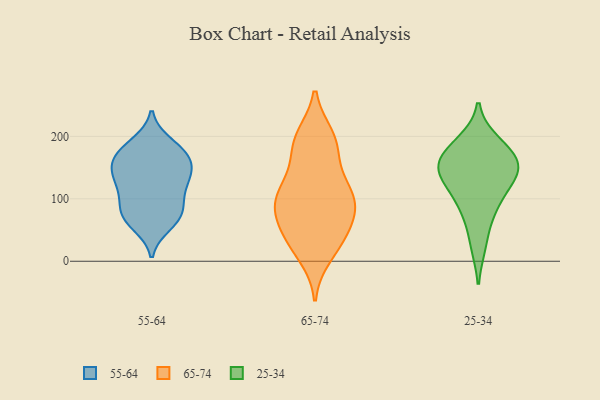
{"axis": {"x": "Market Share (%)", "y": "Value"}, "legend": ["25-34", "55-64", "65-74"], "data": [{"x": "", "y": 57, "type": "55-64"}, {"x": "", "y": 75, "type": "55-64"}, {"x": "", "y": 130, "type": "55-64"}, {"x": "", "y": 112, "type": "55-64"}, {"x": "", "y": 131, "type": "55-64"}, {"x": "", "y": 187, "type": "55-64"}, {"x": "", "y": 172, "type": "55-64"}, {"x": "", "y": 124, "type": "55-64"}, {"x": "", "y": 150, "type": "55-64"}, {"x": "", "y": 137, "type": "55-64"}, {"x": "", "y": 165, "type": "55-64"}, {"x": "", "y": 174, "type": "55-64"}, {"x": "", "y": 190, "type": "55-64"}, {"x": "", "y": 73, "type": "55-64"}, {"x": "", "y": 76, "type": "55-64"}, {"x": "", "y": 98, "type": "55-64"}, {"x": "", "y": 159, "type": "55-64"}, {"x": "", "y": 90, "type": "55-64"}, {"x": "", "y": 61, "type": "55-64"}, {"x": "", "y": 154, "type": "55-64"}, {"x": "", "y": 61, "type": "65-74"}, {"x": "", "y": 92, "type": "65-74"}, {"x": "", "y": 132, "type": "65-74"}, {"x": "", "y": 199, "type": "65-74"}, {"x": "", "y": 10, "type": "65-74"}, {"x": "", "y": 90, "type": "65-74"}, {"x": "", "y": 93, "type": "65-74"}, {"x": "", "y": 41, "type": "65-74"}, {"x": "", "y": 189, "type": "65-74"}, {"x": "", "y": 111, "type": "65-74"}, {"x": "", "y": 31, "type": "65-74"}, {"x": "", "y": 75, "type": "65-74"}, {"x": "", "y": 183, "type": "65-74"}, {"x": "", "y": 128, "type": "65-74"}, {"x": "", "y": 193, "type": "65-74"}, {"x": "", "y": 31, "type": "65-74"}, {"x": "", "y": 96, "type": "65-74"}, {"x": "", "y": 167, "type": "25-34"}, {"x": "", "y": 27, "type": "25-34"}, {"x": "", "y": 179, "type": "25-34"}, {"x": "", "y": 81, "type": "25-34"}, {"x": "", "y": 158, "type": "25-34"}, {"x": "", "y": 143, "type": "25-34"}, {"x": "", "y": 148, "type": "25-34"}, {"x": "", "y": 125, "type": "25-34"}, {"x": "", "y": 190, "type": "25-34"}, {"x": "", "y": 91, "type": "25-34"}, {"x": "", "y": 135, "type": "25-34"}]}